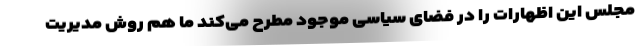
مجلس این اظهارات را در فضای سیاسی موجود مطرح می‌کند ما هم روش مدیریت